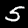
Label: 5